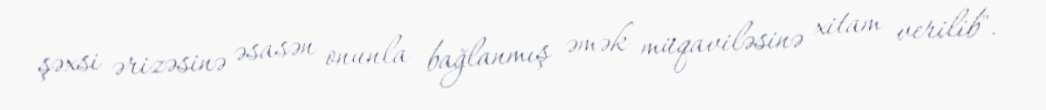
şəxsi ərizəsinə əsasən onunla bağlanmış əmək müqaviləsinə xitam verilib".